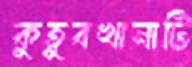
কুতুবখানাটি